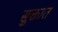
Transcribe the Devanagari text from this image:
सुक्तात